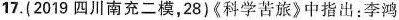
17. (2019四川南充二模，28)《科学苦旅》中指出：李鸿